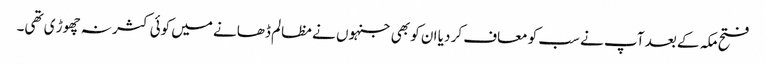
فتح مکہ کے بعد آپ نے سب کو معاف کر دیا ان کو بھی جنہوں نے مظالم ڈھانے میں کوئی کثر نہ چھوڑ ی تھی۔